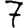
Digit: 7